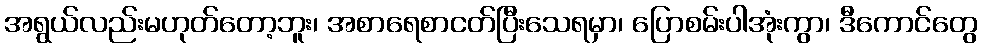
အရွယ်လည်းမဟုတ်တော့ဘူး၊ အစာရေစာငတ်ပြီးသေရမှာ၊ ပြောစမ်းပါအုံးကွာ၊ ဒီကောင်တွေ